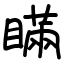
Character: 瞞